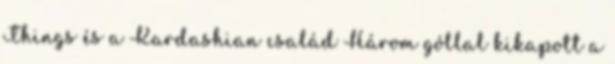
Things és a Kardashian család Három góllal kikapott a